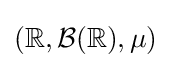
(\mathbb {R} ,{\mathcal {B}}(\mathbb {R} ),\mu )